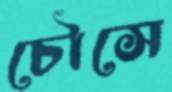
চৌসে